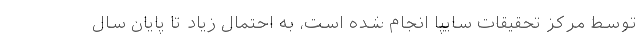
توسط مرکز تحقیقات سایپا انجام شده است، به احتمال زیاد تا پایان سال